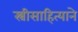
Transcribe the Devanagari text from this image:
स्त्रीसाहित्याने